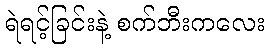
ရဲရင့်ခြင်းနဲ့ စက်ဘီးကလေး